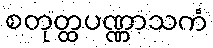
စတုတ္ထပဏ္ဏာသကံ